Annual statistical returns and brief notes on vaccination in Bengal - 1909-1929
Year: 1909
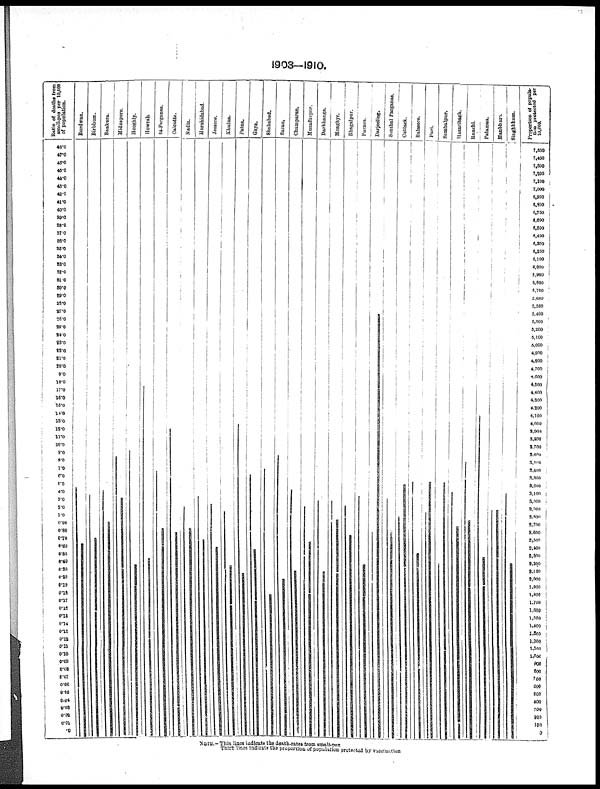
1903—1910.
NOTE.— Thin lines indicate the death-rates from small-pox
Thick lines indicate the proportion of population protected by vaccination